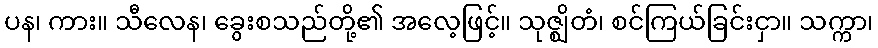
ပန၊ ကား။ သီလေန၊ ခွေးစသည်တို့၏ အလေ့ဖြင့်။ သုဇ္ဈိတံ၊ စင်ကြယ်ခြင်းငှာ။ သက္ကာ၊